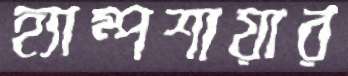
হ্যাম্পশায়ার